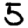
Digit: 5